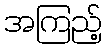
အကြည့်